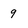
Character: 9